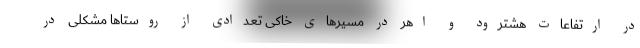
در ارتفاعات هشترود و اهر در مسیرهای خاکی تعدادی از روستاها مشکلی در